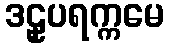
ဒဠှပရက္ကမေ